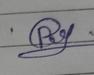
Signature authenticity: forged